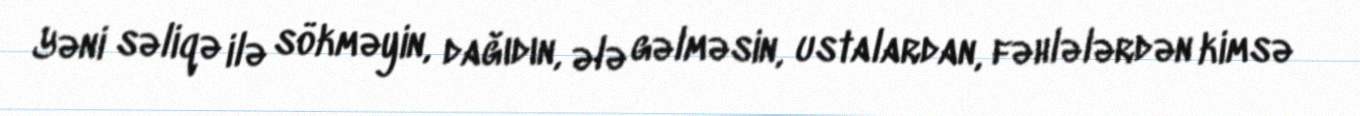
Yəni səliqə ilə sökməyin, dağıdın, ələ gəlməsin, ustalardan, fəhlələrdən kimsə